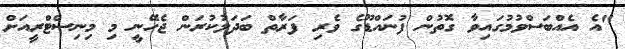
"އެ އެއްބަސްވުމުގައިވާ ގޮތުން ފުނައްޑޫގެ ވެރި ފަރާތް ބަދަލުކުރަން ޖެހޭނީ މި މިނިސްޓްރީއަށް